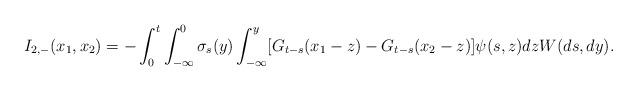
LaTeX: \begin{align*} I_{2,-} (x_1, x_2)= -\int_0^t \int_{-\infty}^0 \sigma_s(y)\int_{-\infty} ^y[G_{t-s}(x_1-z)- G_{t-s}(x_2-z)] \psi(s,z) dz W(ds,dy). \end{align*}